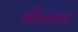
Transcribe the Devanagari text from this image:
श्रीवत्सवक्षाः